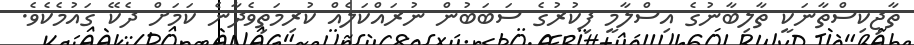
ތާޖިކިސްތާނަކީ ތާލިބާނުގެ އިސްލާމީ ފިކުރުގެ ސަބަބުން ނުރައްކަލެއް ކުރިމަތިވެދާނެ ކަމަށް ދެކޭ ގައުމެކެވެ.